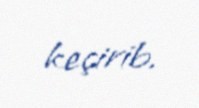
keçirib.